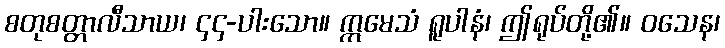
စတုစတ္တာလီသာယ၊ ၄၄-ပါးသော။ ဣမေသံ ရူပါနံ၊ ဤရုပ်တို့၏။ ဝသေန၊